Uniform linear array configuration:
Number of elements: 4
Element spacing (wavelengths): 0.25
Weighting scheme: binomial
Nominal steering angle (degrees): -30
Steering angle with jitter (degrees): -29.499
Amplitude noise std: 0.05
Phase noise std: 0.05

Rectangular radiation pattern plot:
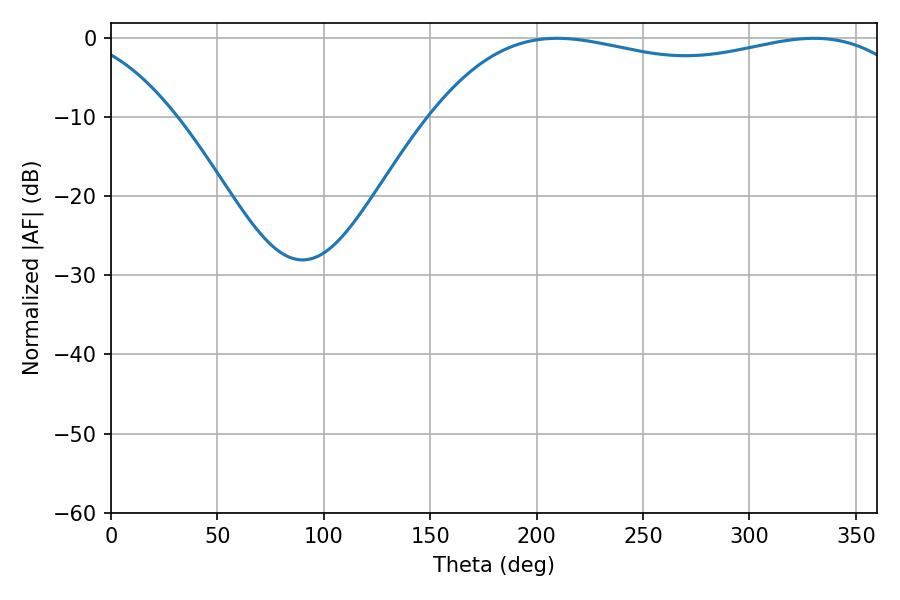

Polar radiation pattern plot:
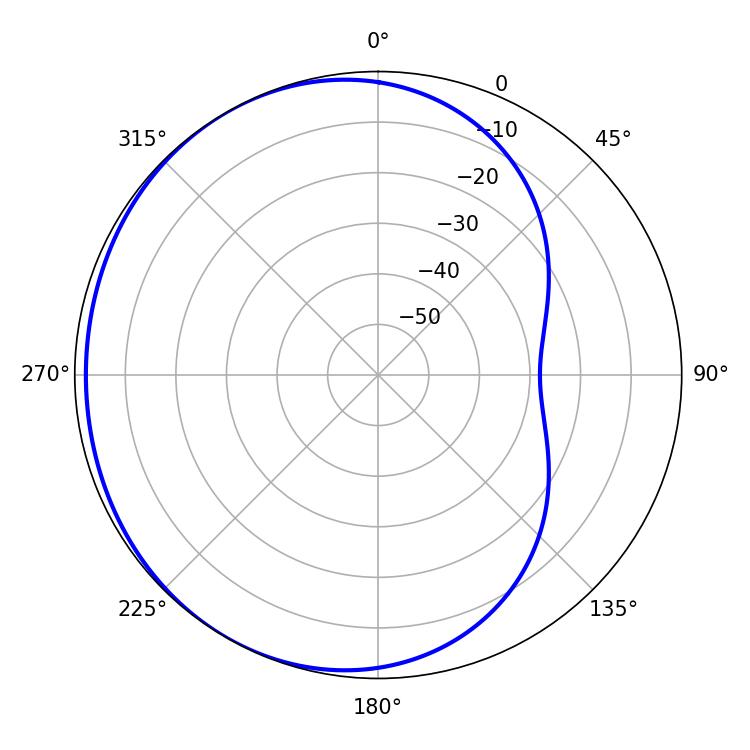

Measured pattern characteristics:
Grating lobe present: FALSE
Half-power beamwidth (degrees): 185.22
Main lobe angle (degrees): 209.7